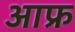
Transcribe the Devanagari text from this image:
आफ्र